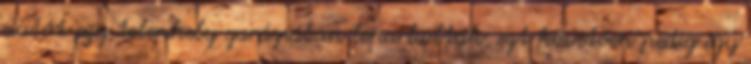
autót egy telephely garázsában leparkolták, ezt követően pedig egy